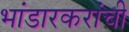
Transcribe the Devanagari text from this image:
भांडारकरांची